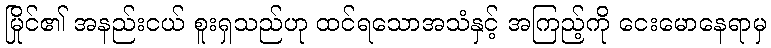
မြိုင်၏ အနည်းငယ် စူးရှသည်ဟု ထင်ရသောအသံနှင့် အကြည့်ကို ငေးမောနေရာမှ